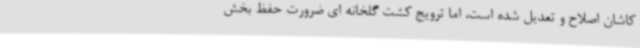
کاشان اصلاح و تعدیل شده است، اما ترویج کشت گلخانه ای ضرورت حفظ بخش